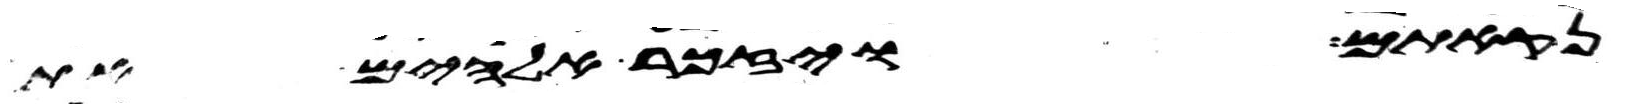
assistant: נקאתם ויזכר אלהים את